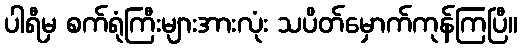
ပါရီမှ စက်ရုံကြီးများအားလုံး သပိတ်မှောက်ကုန်ကြပြီ။